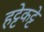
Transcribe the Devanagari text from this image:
हट्टेकट्टे